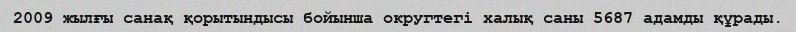
2009 жылғы санақ қорытындысы бойынша округтегі халық саны 5687 адамды құрады.